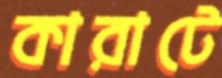
কারাটে